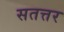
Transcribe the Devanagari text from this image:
सतत्तर